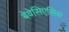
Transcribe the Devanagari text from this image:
बेवेसिएसिस